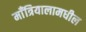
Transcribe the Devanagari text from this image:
माँत्रियालामधील